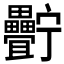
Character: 𤴍